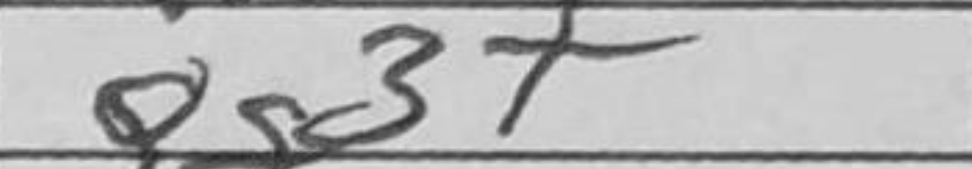
Transcription: Qg3+